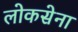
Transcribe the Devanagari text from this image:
लोकसेना